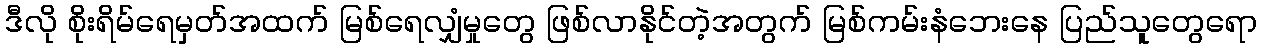
ဒီလို စိုးရိမ်ရေမှတ်အထက် မြစ်ရေလျှံမှုတွေ ဖြစ်လာနိုင်တဲ့အတွက် မြစ်ကမ်းနံဘေးနေ ပြည်သူတွေရော